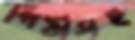
পিঠাসহ